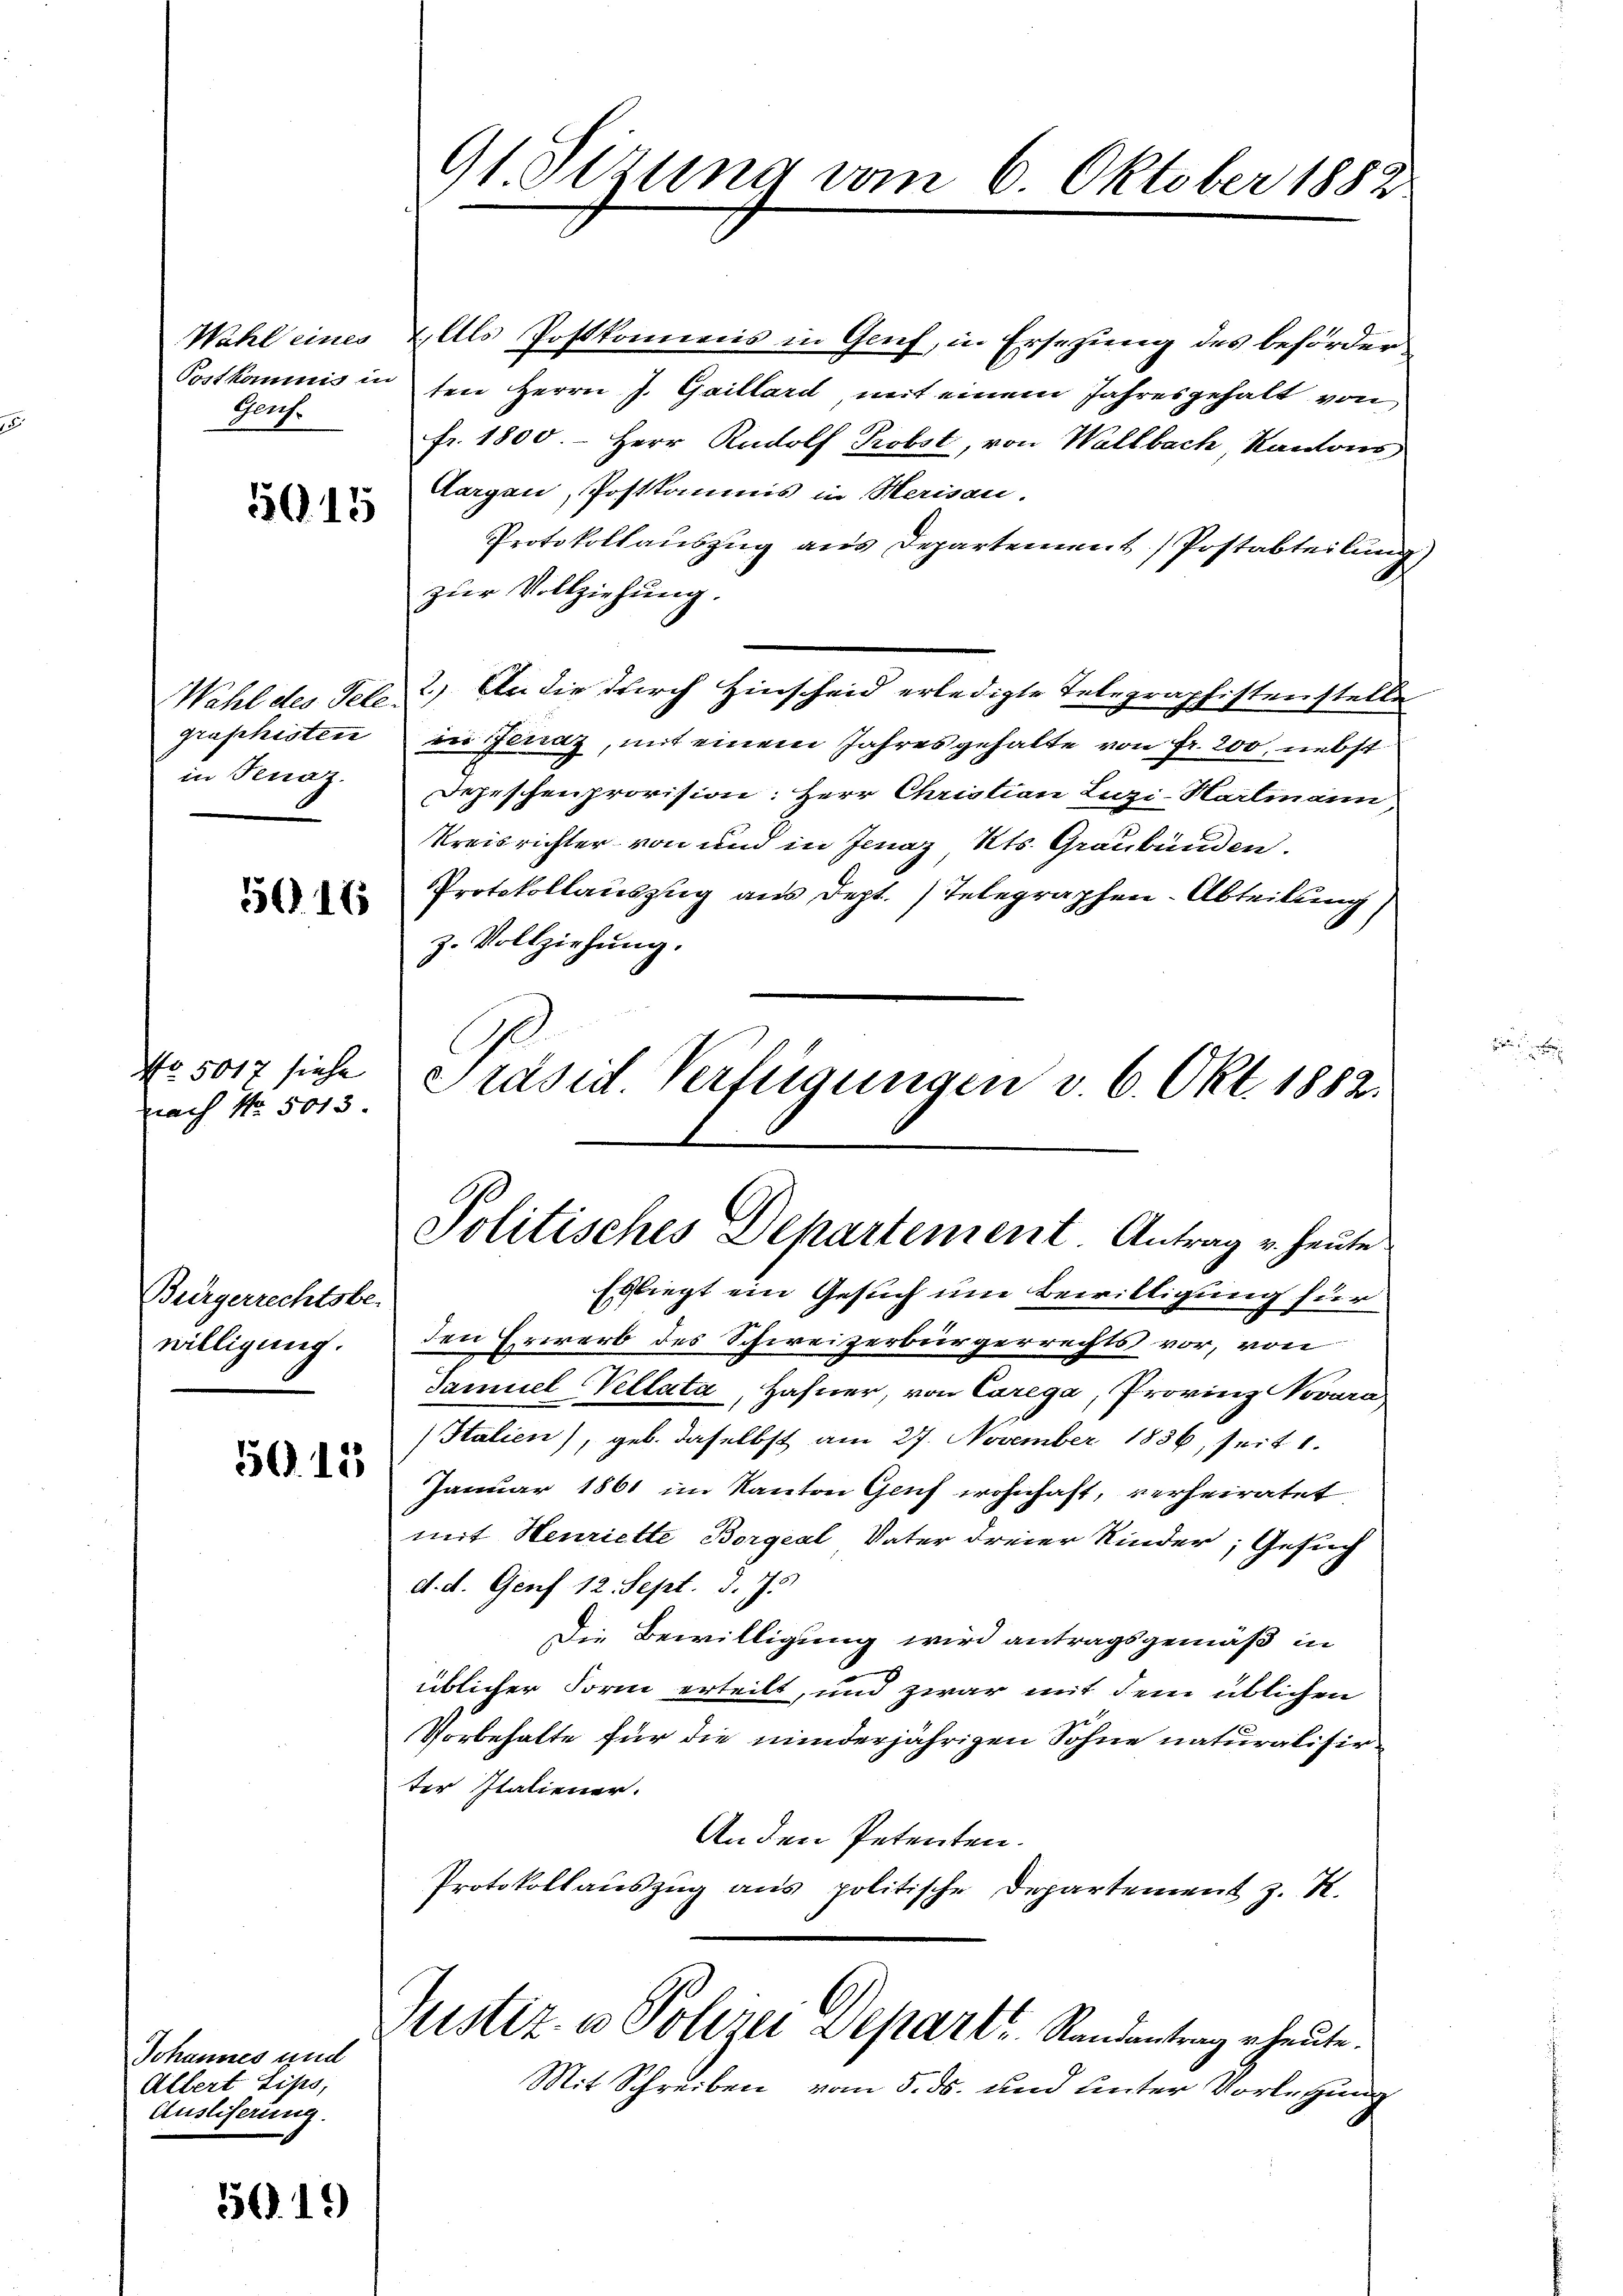
Genf.

5015

graphistire
in Fenaz

5616

No. 5017 siehe
nach No. 5013.

Bürgerrechtsbe-
willigung.

50.15

Johannes und
Albert Lips,
Ausliferung.

56. 19

91. Sizung vom 6. Oktober 1882

Wahl eines Ells Postkommens in Genf, in Ersetzung des beförder¬
Postkommis in den Herrn J. Gaillard, mit einem Jahresgehalt von
fr. 1800. - Herr Rudolf Probst, von Wallbach, Kantons
Aargau, Postkommis in Herisau.
Protokollauszug aus Departement Postabteilung
zur Vollziehung.
Wahl des Tele) An die durch Hinscheid erledigte Telegraphistenstelle
de Jenaz, mit einem Jahresgehalte von Fr. 200, nebst
Depeschenprovision: Herr Christian Luzi-Hartmann,
Kreisrichter von und in Jenaz Kts. Graubünden.
Protokollauszug aus Dept. 1 Telegraphen-Abteilung
z. Vollziehung.
Efliegt ein Gesuch um Bewilligung für
den Erwerb des Schweizerbürgerrechts vor, von
Samuel Vellata, Hafner, von Carega, Provinz Novara,
Italien), geb. daselbst am 27. November 1886, seit 1.
Januar 1861 im Kanton Genf wohnhaft, verheiratet
mit Henriette Borgeal Vater dreier Kinder, Gesuch
d. d. Genf 12. Sept. d. 75.
Die Bewilligung wird antragsgemäß in
üblicher Form erteilt, und zwar mit dem üblichen
Vorbehalte für die minderjährigen Sohne naturalisir
ter Italiener.
An den Petenten.
Protokollauszug aus politische Departement z. R.
Justiz- u Polizei Depart Randantrag heute.
Mit Schreiben vom 5. ds. und unter Vorlegung

Präsid. Verfügungen v. 6. Okt. 1882.

Politisches Departement. Antrag u. heute